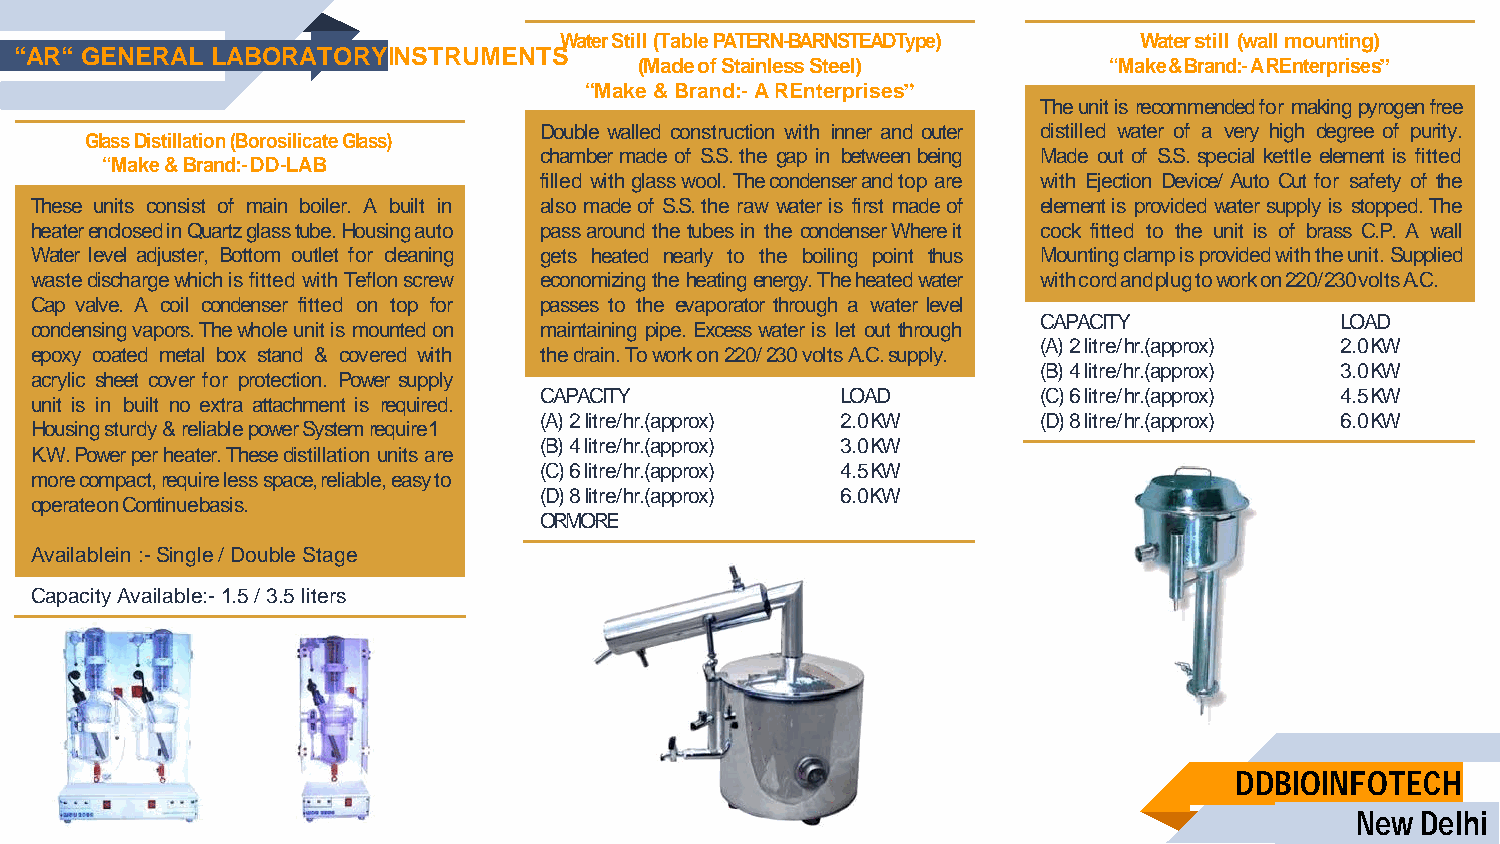
Water Still (Table PATERN-BARNSTEADType) Water still (wall mounting)
 “AR“ GENERAL LABORATORYINSTRUMENTS
 (Made of Stainless Steel)      “Make & Brand:- A REnterprises”
 “Make & Brand:- A REnterprises”
 The unit is recommended for making pyrogen free
 Double walled construction with inner and outer distilled water of a very high degree of purity.
 Glass Distillation (Borosilicate Glass)
 chamber made of S.S. the gap in between being Made out of S.S. special kettle element is fitted
 “Make & Brand:- DD-LAB
 filled with glass wool. The condenser and top are with Ejection Device/ Auto Cut for safety of the
 These units consist of main boiler. A built in also made of S.S. the raw water is first made of element is provided water supply is stopped. The
 heater enclosed in Quartz glass tube. Housing auto pass around the tubes in the condenser Where it cock fitted to the unit is of brass C.P. A wall
 Water level adjuster, Bottom outlet for cleaning gets heated nearly to the boiling point thus Mounting clamp is provided with the unit. Supplied
 waste discharge which is fitted with Teflon screw economizing the heating energy. The heated water with cord and plug to work on 220/ 230 volts A.C.
 Cap valve. A coil condenser fitted on top for passes to the evaporator through a water level
 CAPACITY            LOAD
 condensing vapors. The whole unit is mounted on maintaining pipe. Excess water is let out through
 (A) 2 litre/ hr.(approx) 2.0 KW
 epoxy coated metal box stand & covered with the drain. To work on 220/ 230 volts A.C. supply.
 (B) 4 litre/ hr.(approx) 3.0 KW
 acrylic sheet cover for protection. Power supply
 CAPACITY            LOAD         (C) 6 litre/ hr.(approx) 4.5 KW
 unit is in built no extra attachment is required.
 (A) 2 litre/ hr.(approx) 2.0 KW  (D) 8 litre/ hr.(approx) 6.0 KW
 Housing sturdy & reliable power System require 1
 (B) 4 litre/ hr.(approx) 3.0 KW
 K.W. Power per heater. These distillation units are
 (C) 6 litre/ hr.(approx) 4.5 KW
 more compact, require less space, reliable, easy to
 (D) 8 litre/ hr.(approx) 6.0 KW
 operate on Continue basis.
 ORMORE
 Availablein :- Single / Double Stage
 Capacity Available:- 1.5 / 3.5 liters
 DDBIOINFOTECH
 New Delhi